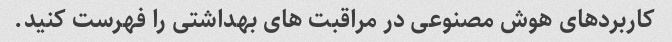
کاربردهای هوش مصنوعی در مراقبت های بهداشتی را فهرست کنید.